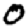
Digit: 0